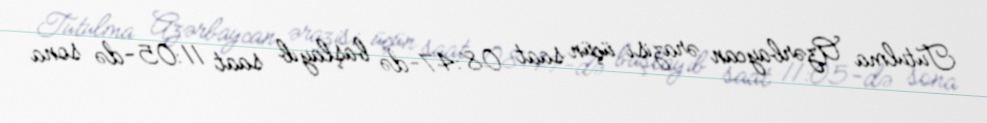
Tutulma Azərbaycan ərazisi üçün saat 08:47-də başlayıb saat 11:05-də sona